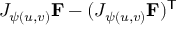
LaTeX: J _ { \psi ( u , v ) } \mathbf { F } - ( J _ { \psi ( u , v ) } \mathbf { F } ) ^ { \mathsf { T } }